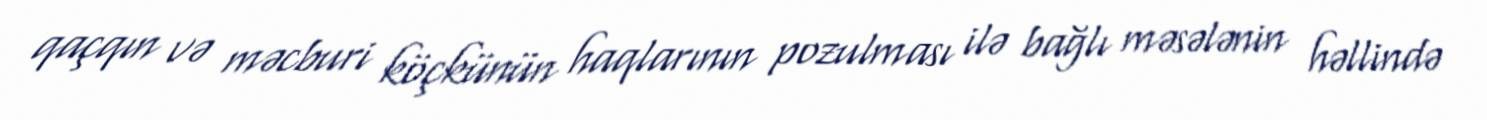
qaçqın və məcburi köçkünün haqlarının pozulması ilə bağlı məsələnin həllində